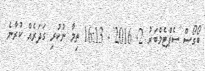
ބޯގޯސް ސެޕްޓެމްބަރު 2